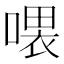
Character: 𠼊